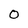
Character: 0